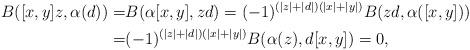
LaTeX: \begin{align*}B([x,y]z,\alpha(d))=&B(\alpha[x,y],zd)=(-1)^{(|z|+|d|)(|x|+|y|)}B(zd,\alpha([x,y]))\\=&(-1)^{(|z|+|d|)(|x|+|y|)}B(\alpha(z),d[x,y])=0,\end{align*}